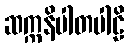
ဆက္ကနိပါတပါဠိ